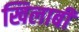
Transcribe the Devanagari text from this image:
खिलाबी